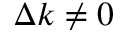
\Delta k \neq 0